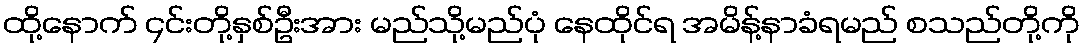
ထို့နောက် ၄င်းတို့နှစ်ဦးအား မည်သို့မည်ပုံ နေထိုင်ရ အမိန့်နာခံရမည် စသည်တို့ကို